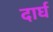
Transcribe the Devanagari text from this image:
दार्घ